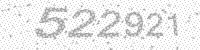
Solution: 522921